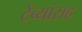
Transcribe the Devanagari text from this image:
टेंब्यांसह